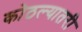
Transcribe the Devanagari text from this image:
कोठल्यातरी